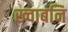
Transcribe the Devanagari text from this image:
ख्वाबनि